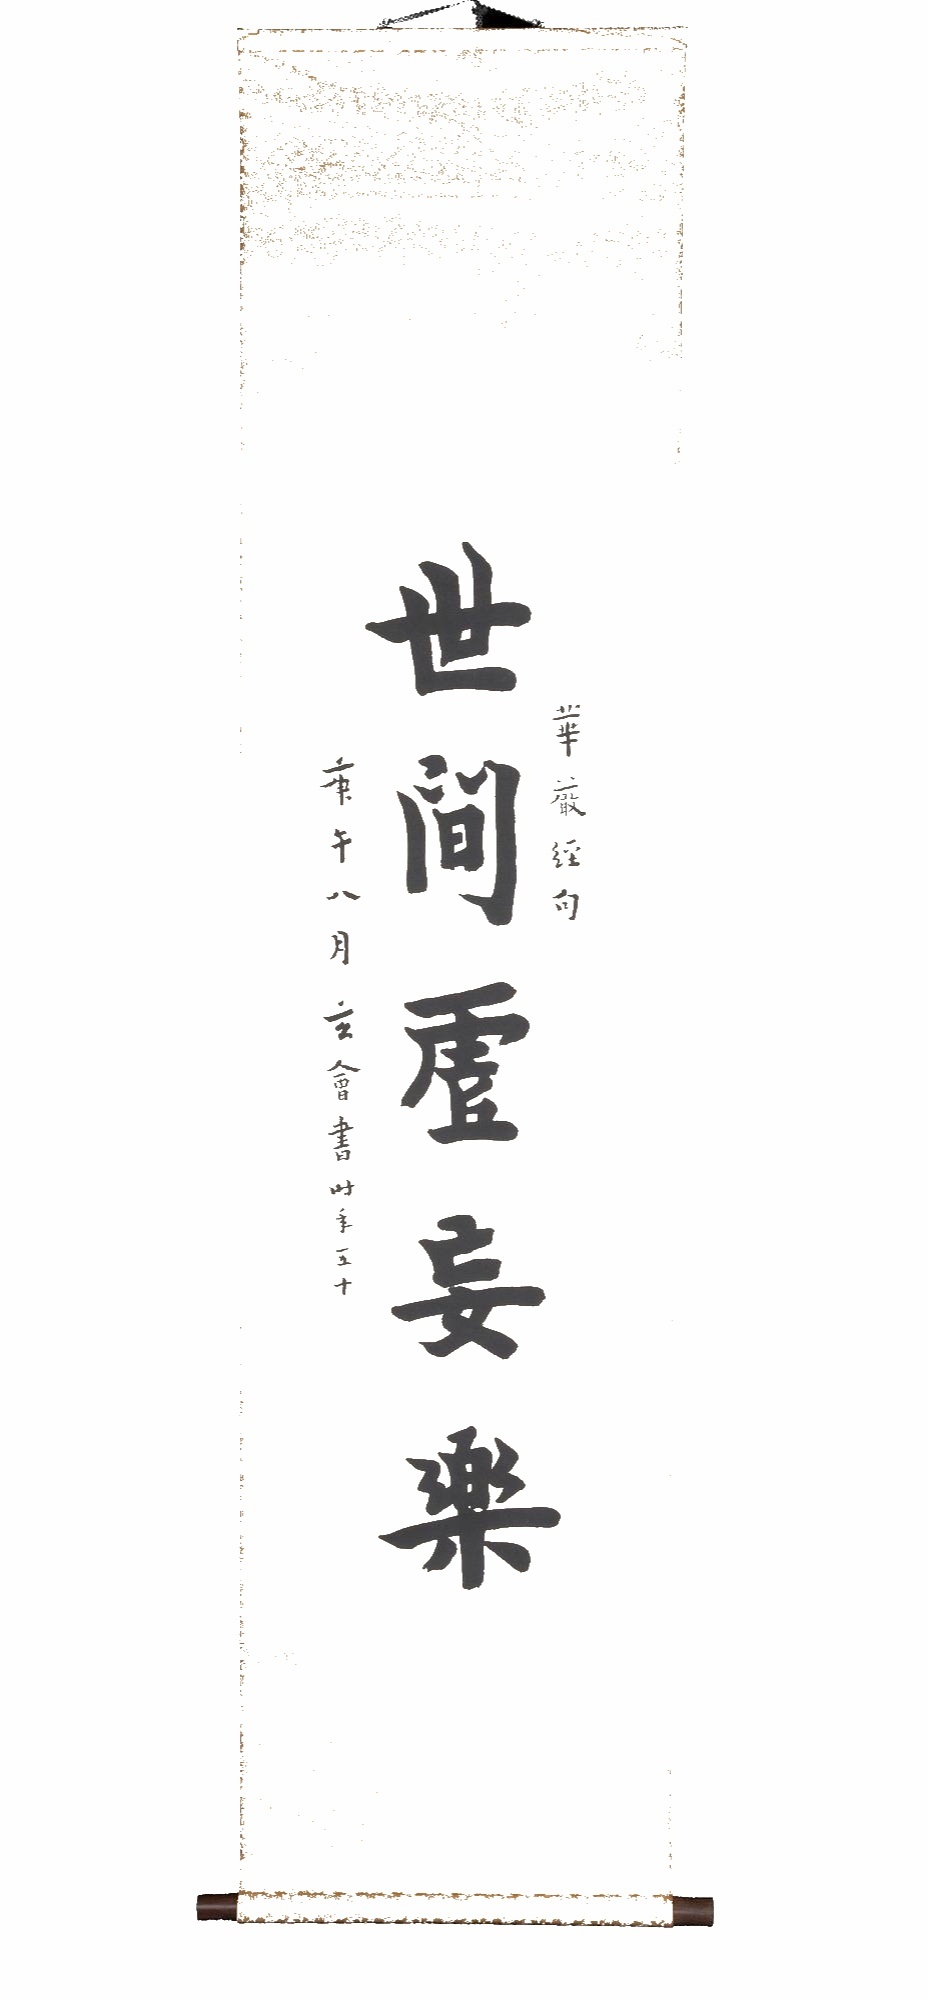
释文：世间虚妄乐。华严经句庚午八月玄会书时年五十。